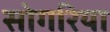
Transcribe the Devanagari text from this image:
सोगरिया